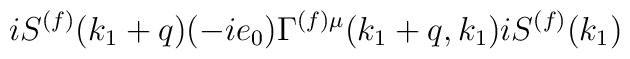
iS^{(f)}(k_1+q)(-ie_0)\Gamma^{(f)\mu}(k_1+q,k_1)iS^{(f)}(k_1)